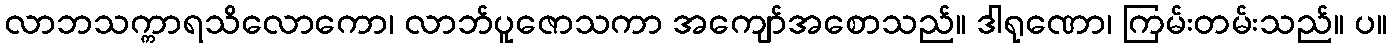
လာဘသက္ကာရသိလောကော၊ လာဘ်ပူဇောသကာ အကျော်အစောသည်။ ဒါရုဏော၊ ကြမ်းတမ်းသည်။ ပ။